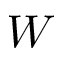
W